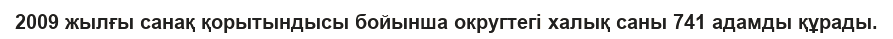
2009 жылғы санақ қорытындысы бойынша округтегі халық саны 741 адамды құрады.